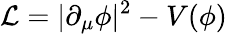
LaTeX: {\cal\mathcal{L}}=|\partial_{\mu}\phi|^{2}-V(\phi)